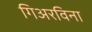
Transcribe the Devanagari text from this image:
गिअरविना